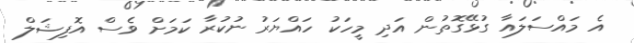
އެ މައްސަލައާ ގުޅޭގޮތުން އަދި މީހަކު ހައްޔަރު ނުކުރާ ކަމަށް ވެސް އޮފިޝަލް